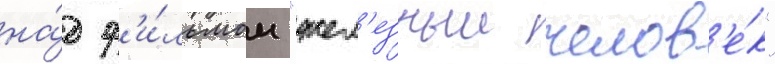
на́д ф'и́льмом "жел'езныи челов'е́к"